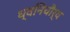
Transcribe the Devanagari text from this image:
ध्वनिचौर्य